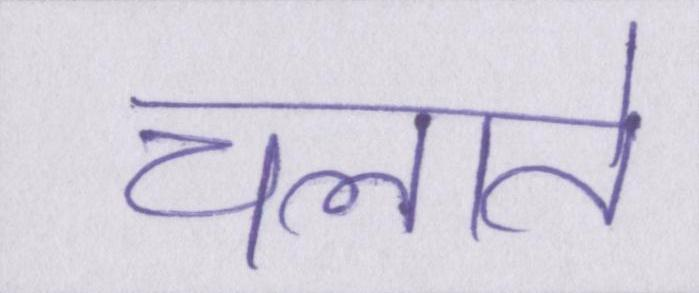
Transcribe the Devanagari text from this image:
चलाते